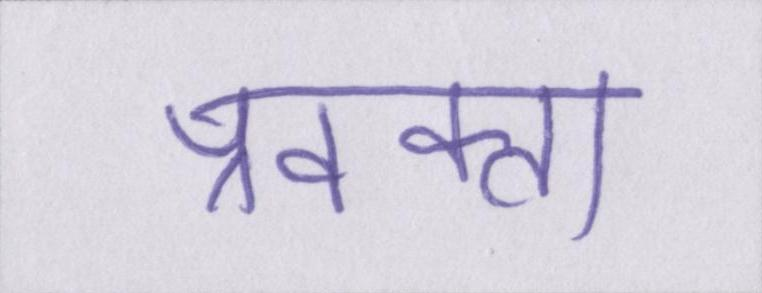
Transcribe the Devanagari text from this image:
प्रवक्ता